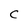
Character: c